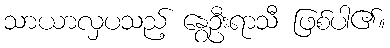
သာယာလှပသည့် နွေဦးရာသီ ဖြစ်ပါ၏။